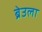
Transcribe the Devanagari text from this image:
ब्रेउला